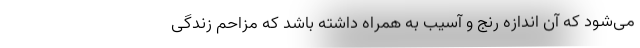
می‌شود که آن اندازه رنج و آسیب به همراه داشته باشد که مزاحم زندگی